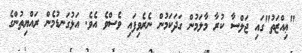
"ޢިއްޒަތު"ގައި ޖަލްސާ ކުރާ މާލަމުން ގަދަކަމުން ނެރެވިފައި ވެސްވެ އެވެ. އަޅުގަނޑުމެން ރައްޔިތުންގެ